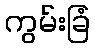
ကွမ်းခြံ